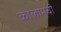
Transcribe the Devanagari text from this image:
कोलामची